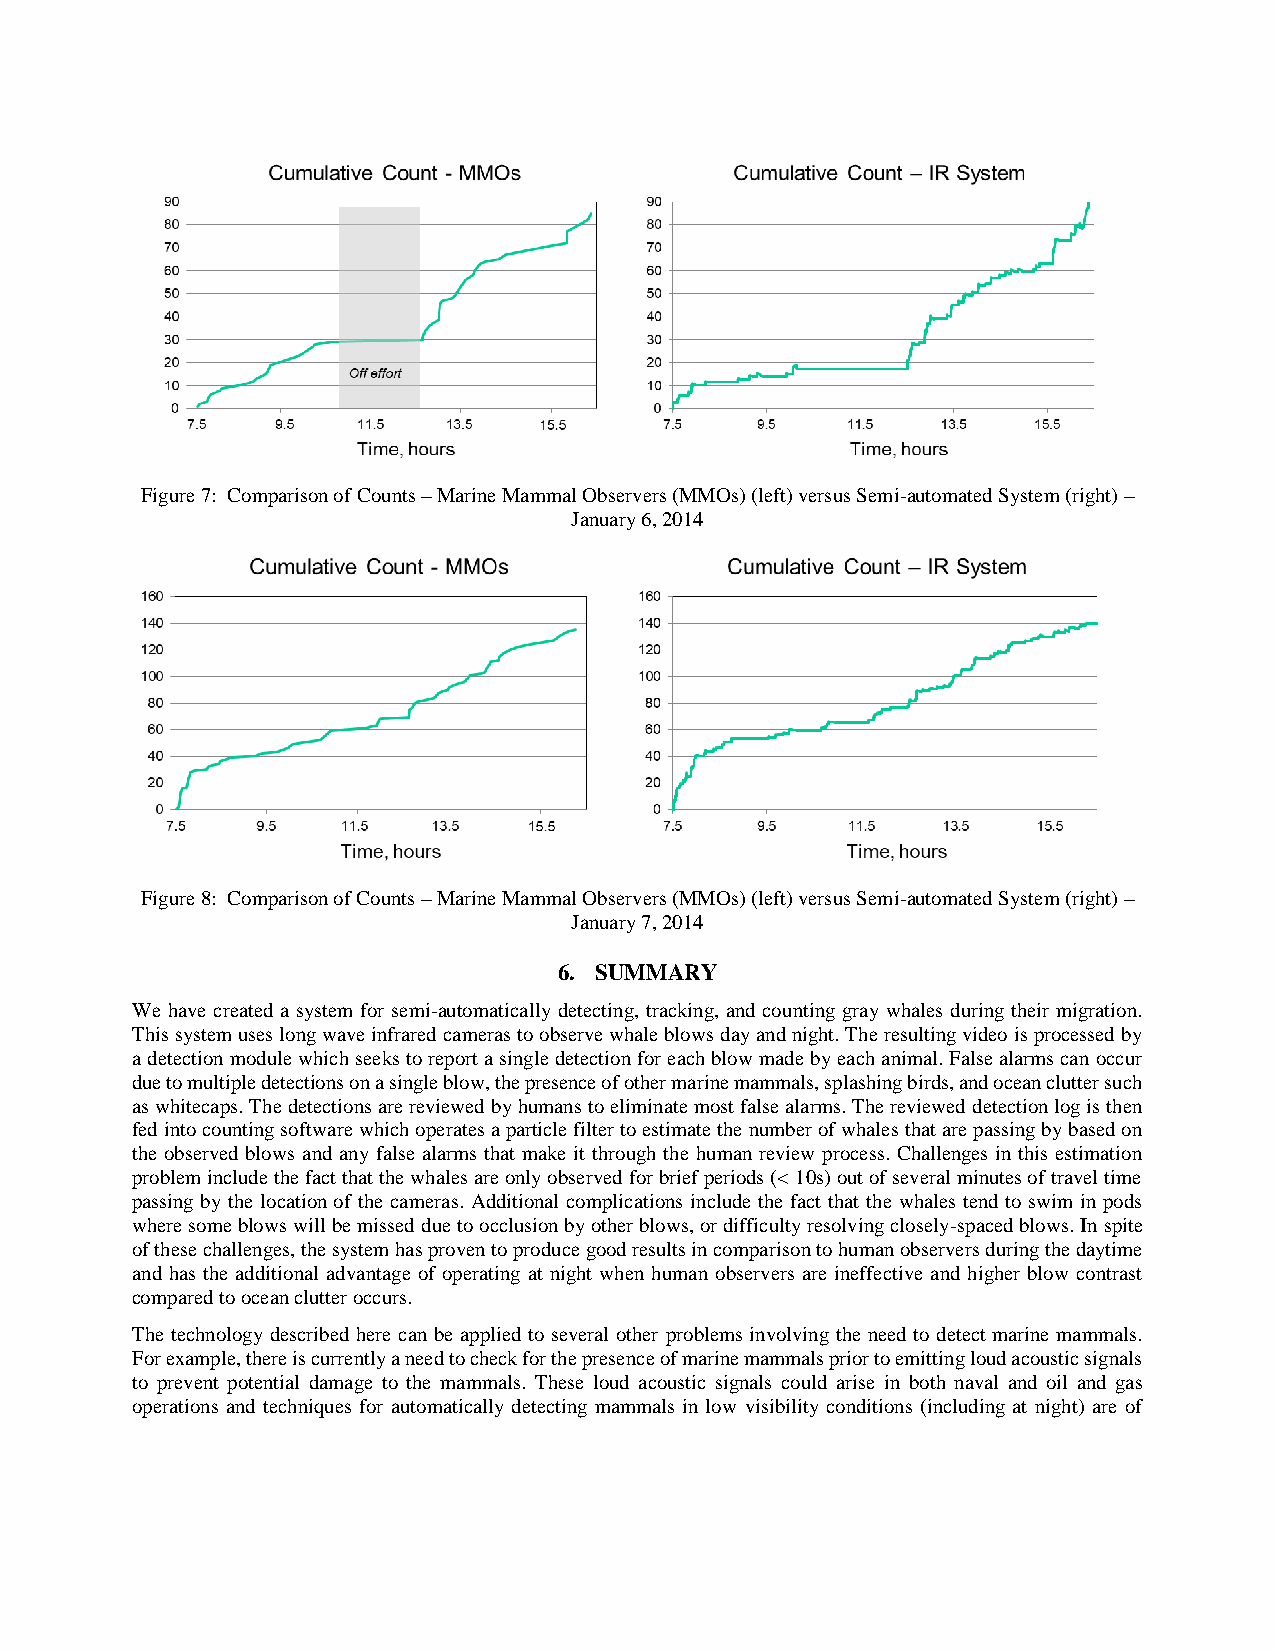
Figure 7: Comparison of Counts – Marine Mammal Observers (MMOs) (left) versus Semi-automated System (right) –
 January 6, 2014
 Figure 8: Comparison of Counts – Marine Mammal Observers (MMOs) (left) versus Semi-automated System (right) –
 January 7, 2014
 6. SUMMARY
 We have created a system for semi-automatically detecting, tracking, and counting gray whales during their migration.
 This system uses long wave infrared cameras to observe whale blows day and night. The resulting video is processed by
 a detection module which seeks to report a single detection for each blow made by each animal. False alarms can occur
 due to multiple detections on a single blow, the presence of other marine mammals, splashing birds, and ocean clutter such
 as whitecaps. The detections are reviewed by humans to eliminate most false alarms. The reviewed detection log is then
 fed into counting software which operates a particle filter to estimate the number of whales that are passing by based on
 the observed blows and any false alarms that make it through the human review process. Challenges in this estimation
 problem include the fact that the whales are only observed for brief periods (< 10s) out of several minutes of travel time
 passing by the location of the cameras. Additional complications include the fact that the whales tend to swim in pods
 where some blows will be missed due to occlusion by other blows, or difficulty resolving closely-spaced blows. In spite
 of these challenges, the system has proven to produce good results in comparison to human observers during the daytime
 and has the additional advantage of operating at night when human observers are ineffective and higher blow contrast
 compared to ocean clutter occurs.
 The technology described here can be applied to several other problems involving the need to detect marine mammals.
 For example, there is currently a need to check for the presence of marine mammals prior to emitting loud acoustic signals
 to prevent potential damage to the mammals. These loud acoustic signals could arise in both naval and oil and gas
 operations and techniques for automatically detecting mammals in low visibility conditions (including at night) are of